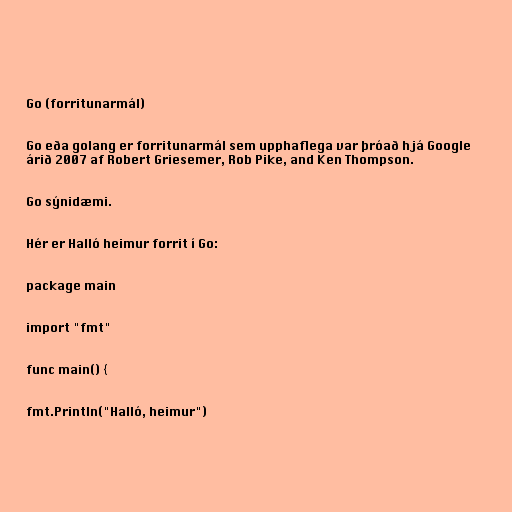
Go (forritunarmál)

Go eða golang er forritunarmál sem upphaflega var þróað hjá Google
árið 2007 af Robert Griesemer, Rob Pike, and Ken Thompson.

Go sýnidæmi.

Hér er Halló heimur forrit í Go:

package main

import "fmt"

func main() {

fmt.Println("Halló, heimur")